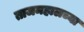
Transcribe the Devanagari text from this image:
ताजमहालच्या